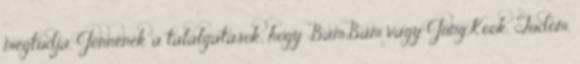
megtudja. Jönnének a találgatások, hogy BamBam vagy JungKook. Tudom,